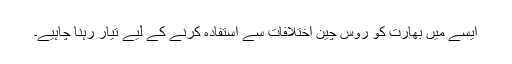
ایسے میں بھارت کو روس چین اختلافات سے استفادہ کرنے کے لیے تیار رہنا چاہیے۔